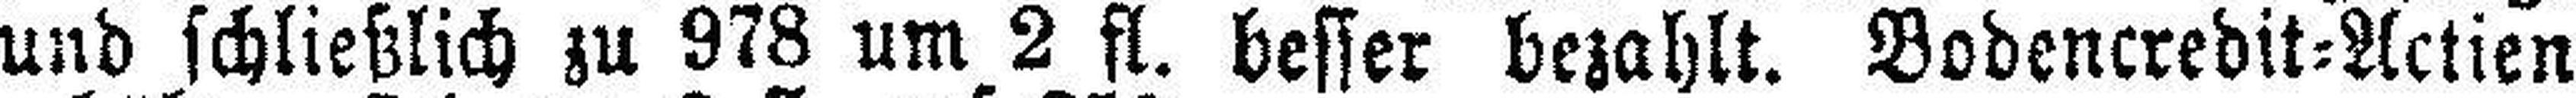
und schließlich zu 978 um 2 fl. besser bezahlt. Bodencredit=Actien